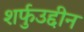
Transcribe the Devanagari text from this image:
शर्फुउद्दीन